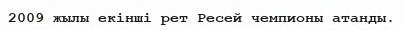
2009 жылы екінші рет Ресей чемпионы атанды.